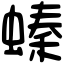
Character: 螓